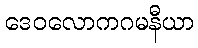
ဒေဝလောကဂမနီယာ